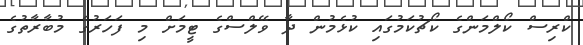
ކްރިސް ކޯލްމަންގެ ކޯޗުކަމުގައި ކުޅެމުން ދާ ވޭލްސްގެ ޓީމަށް މި ފަހަރުގެ މުބާރާތުގެ